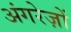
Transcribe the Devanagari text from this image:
अंगरेज़ों